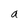
Character: a